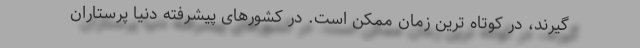
‌گیرند، در کوتاه ترین زمان ممکن است. در کشورهای پیشرفته دنیا پرستاران